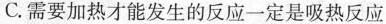
C.需要加热才能发生的反应一定是吸热反应